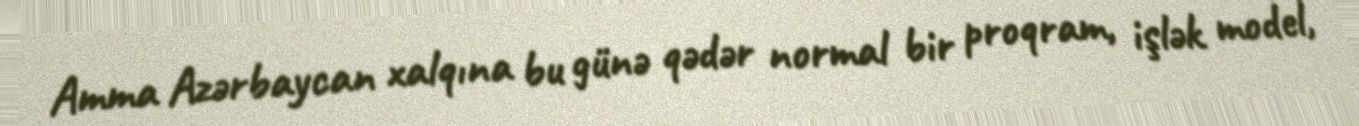
Amma Azərbaycan xalqına bu günə qədər normal bir proqram, işlək model,